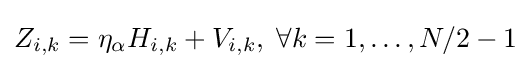
Z_{i,k}=\eta _{\alpha }H_{i,k}+V_{i,k},\;\forall k=1,\ldots ,N/2-1